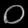
Digit: ၀